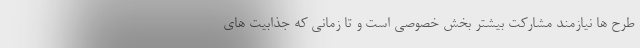
طرح ها نیازمند مشارکت بیشتر بخش خصوصی است و تا زمانی که جذابیت های